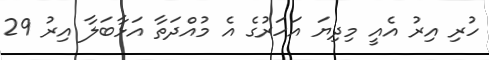
ހުރި އިރު އެއީ މިދިޔަ އަހަރުގެ އެ މުއްދަތާ އަޅާބަލާ އިރު 29